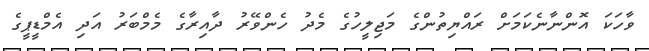
ވާހަކަ އޮންނާނެކަމަށް ރައްޔިތުންގެ މަޖިލީހުގެ މެދު ހެންވޭރު ދާއިރާގެ މެމްބަރު އަދި އެމްޑީޕީގެ